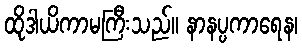
ထိုဒါယိကာမကြီးသည်။ နာနပ္ပကာရေန၊